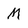
Character: M